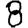
Digit: 8